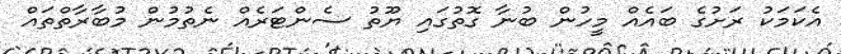
އެކަމަކު ރަށުގެ ބައެއް މީހުން ބުނާ ގޮތުގައި ޔޫތު ސެންޓަރެއް ނެތުމުން މުބާރާތްތައް